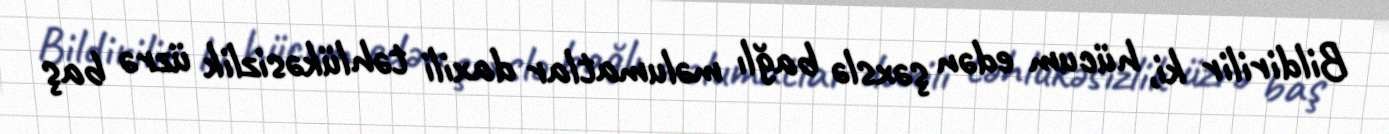
Bildirilir ki, hücum edən şəxslə bağlı məlumatlar daxili təhlükəsizlik üzrə baş